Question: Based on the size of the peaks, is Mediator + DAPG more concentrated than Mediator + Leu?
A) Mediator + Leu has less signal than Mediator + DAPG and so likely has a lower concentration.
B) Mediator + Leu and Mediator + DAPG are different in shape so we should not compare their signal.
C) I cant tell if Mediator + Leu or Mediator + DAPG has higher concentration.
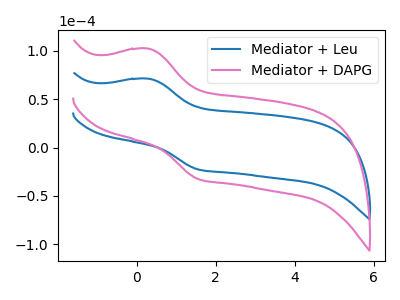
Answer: <think>The blue curve "Mediator + Leu" has an anodic peak at (0.30V, 71.10uA) and a cathodic peak at (1.55V, -22.55uA). The pink curve "Mediator + DAPG" has an anodic peak at (0.30V, 102.15uA) and a cathodic peak at (1.55V, -32.40uA).
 All the peaks in "Mediator + Leu" have a peak in "Mediator + DAPG" at the same potential. Every peak in "Mediator + Leu" is lower than every peak in "Mediator + DAPG".</think>
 <answer>A) "Mediator + Leu" has less signal than "Mediator + DAPG" and so likely has a lower concentration.</answer>
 <eval>A</eval>